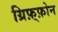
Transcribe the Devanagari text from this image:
ग्रिफ़्फ़ोन